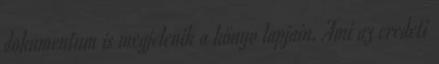
dokumentum is megjelenik a könyv lapjain. Ami az eredeti